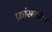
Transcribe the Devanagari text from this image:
फ्रांसनरेश